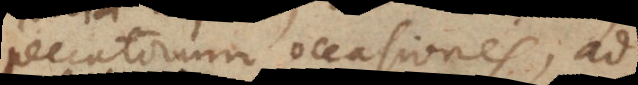
peccatorum occasiones, ad